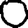
Digit: 0